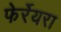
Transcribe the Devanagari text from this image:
फेर्रेयरा